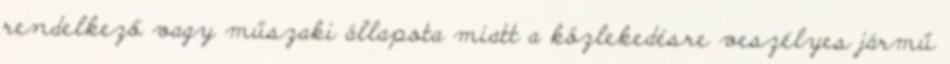
rendelkező vagy műszaki állapota miatt a közlekedésre veszélyes jármű